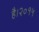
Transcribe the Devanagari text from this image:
है।२०१५